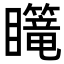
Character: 𪿄